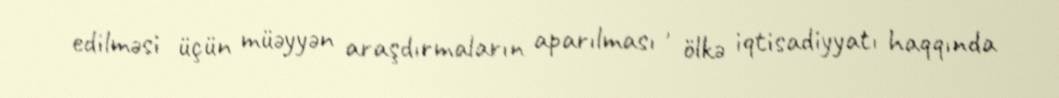
edilməsi üçün müəyyən araşdırmaların aparılması , ölkə iqtisadiyyatı haqqında